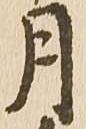
月